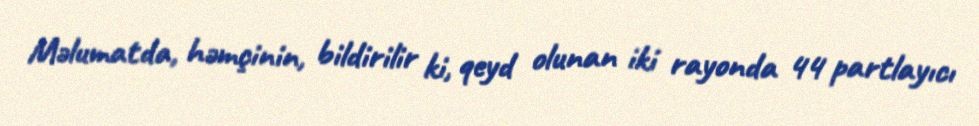
Məlumatda, həmçinin, bildirilir ki, qeyd olunan iki rayonda 44 partlayıcı